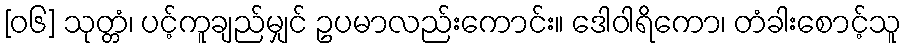
[၀၆] သုတ္တံ၊ ပင့်ကူချည်မျှင် ဥပမာလည်းကောင်း။ ဒေါဝါရိကော၊ တံခါးစောင့်သူ